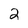
Character: 2